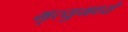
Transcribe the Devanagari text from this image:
मृत्युमध्ये